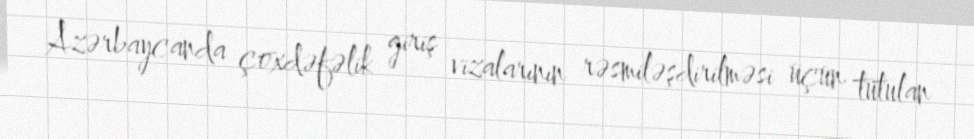
Azərbaycanda çoxdəfəlik giriş vizalarının rəsmiləşdirilməsi üçün tutulan